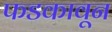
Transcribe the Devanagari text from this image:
फडकावून